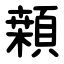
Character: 䫙